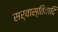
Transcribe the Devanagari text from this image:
सर्वास्तिवादि